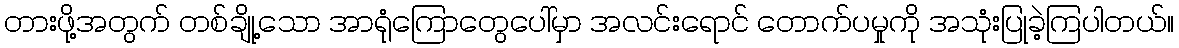
တားဖို့အတွက် တစ်ချို့သော အာရုံကြောတွေပေါ်မှာ အလင်းရောင် တောက်ပမှုကို အသုံးပြုခဲ့ကြပါတယ်။